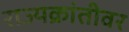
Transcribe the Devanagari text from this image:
राज्यक्रांतीवर